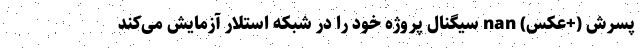
پسرش (+عکس) nan سیگنال پروژه‌ خود را در شبکه استلار آزمایش می‌کند